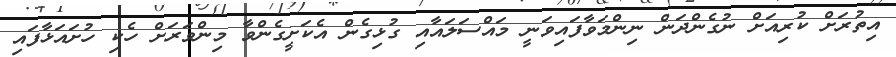
އިތުރަށް ކުރިއަށް ނުގެންދަން ނިންމަވާފައިވަނީ މައްސަލައާއި ގުޅިގެން އެކަށީގެންވާ މިންވަރަށް ހެކި ހުށައަޅާފައި